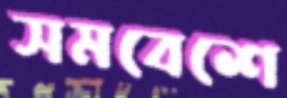
সমবেশে